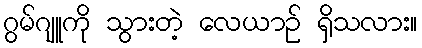
ဂွမ်ဂျူကို သွားတဲ့ လေယာဉ် ရှိသလား။